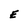
Character: E